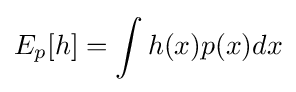
E_{p}[h]=\int h(x)p(x)dx